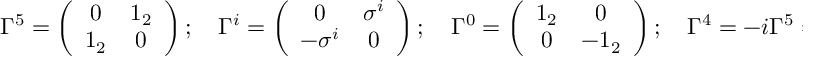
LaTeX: \Gamma ^ { 5 } = \left( \begin{array} { c c } { { 0 } } & { { 1 _ { 2 } } } \\ { { 1 _ { 2 } } } & { { 0 } } \end{array} \right) ; \quad \Gamma ^ { i } = \left( \begin{array} { c c } { { 0 } } & { { \sigma ^ { i } } } \\ { { - \sigma ^ { i } } } & { { 0 } } \end{array} \right) ; \quad \Gamma ^ { 0 } = \left( \begin{array} { c c } { { 1 _ { 2 } } } & { { 0 } } \\ { { 0 } } & { { - 1 _ { 2 } } } \end{array} \right) ; \quad \Gamma ^ { 4 } = - i \Gamma ^ { 5 } = \left( \begin{array} { c c } { { 0 } } & { { i _ { 2 } } } \\ { { i _ { 2 } } } & { { 0 } } \end{array} \right) .